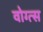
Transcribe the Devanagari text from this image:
वोग्त्स